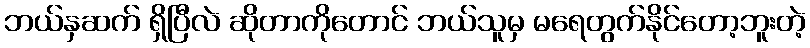
ဘယ်နှဆက် ရှိပြီလဲ ဆိုတာကိုတောင် ဘယ်သူမှ မရေတွက်နိုင်တော့ဘူးတဲ့